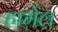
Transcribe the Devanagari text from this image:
हामेल